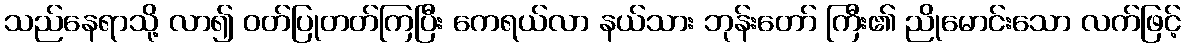
သည်နေရာသို့ လာ၍ ဝတ်ပြုတတ်ကြပြီး ကေရယ်လာ နယ်သား ဘုန်းတော် ကြီး၏ ညိုမောင်းသော လက်ဖြင့်